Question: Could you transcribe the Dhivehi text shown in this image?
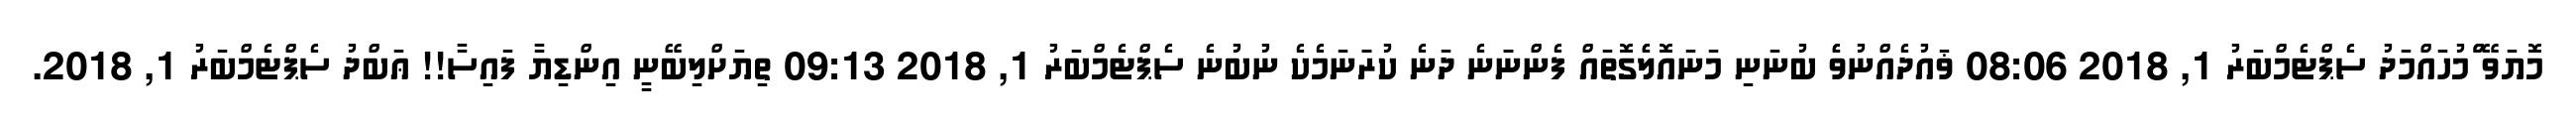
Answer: މޮޔަވޭ ްްމުހައްމަދު ސެޕްޓެމްބަރު 1, 2018 08:06 ޥައުދެއްނުވެެ ބުނަނި މަނައޮލެެގޮތައް ފެންނަަނެ ދަނެ ކުރަަނަމެކެ ނުބުނެ ސެޕްޓެމްބަރު 1, 2018 09:13 ތިޔަށްލިބޭނީ އިންޑިޔާ ފައިސާ!! ޢަބްދު ސެޕްޓެމްބަރު 1, 2018.